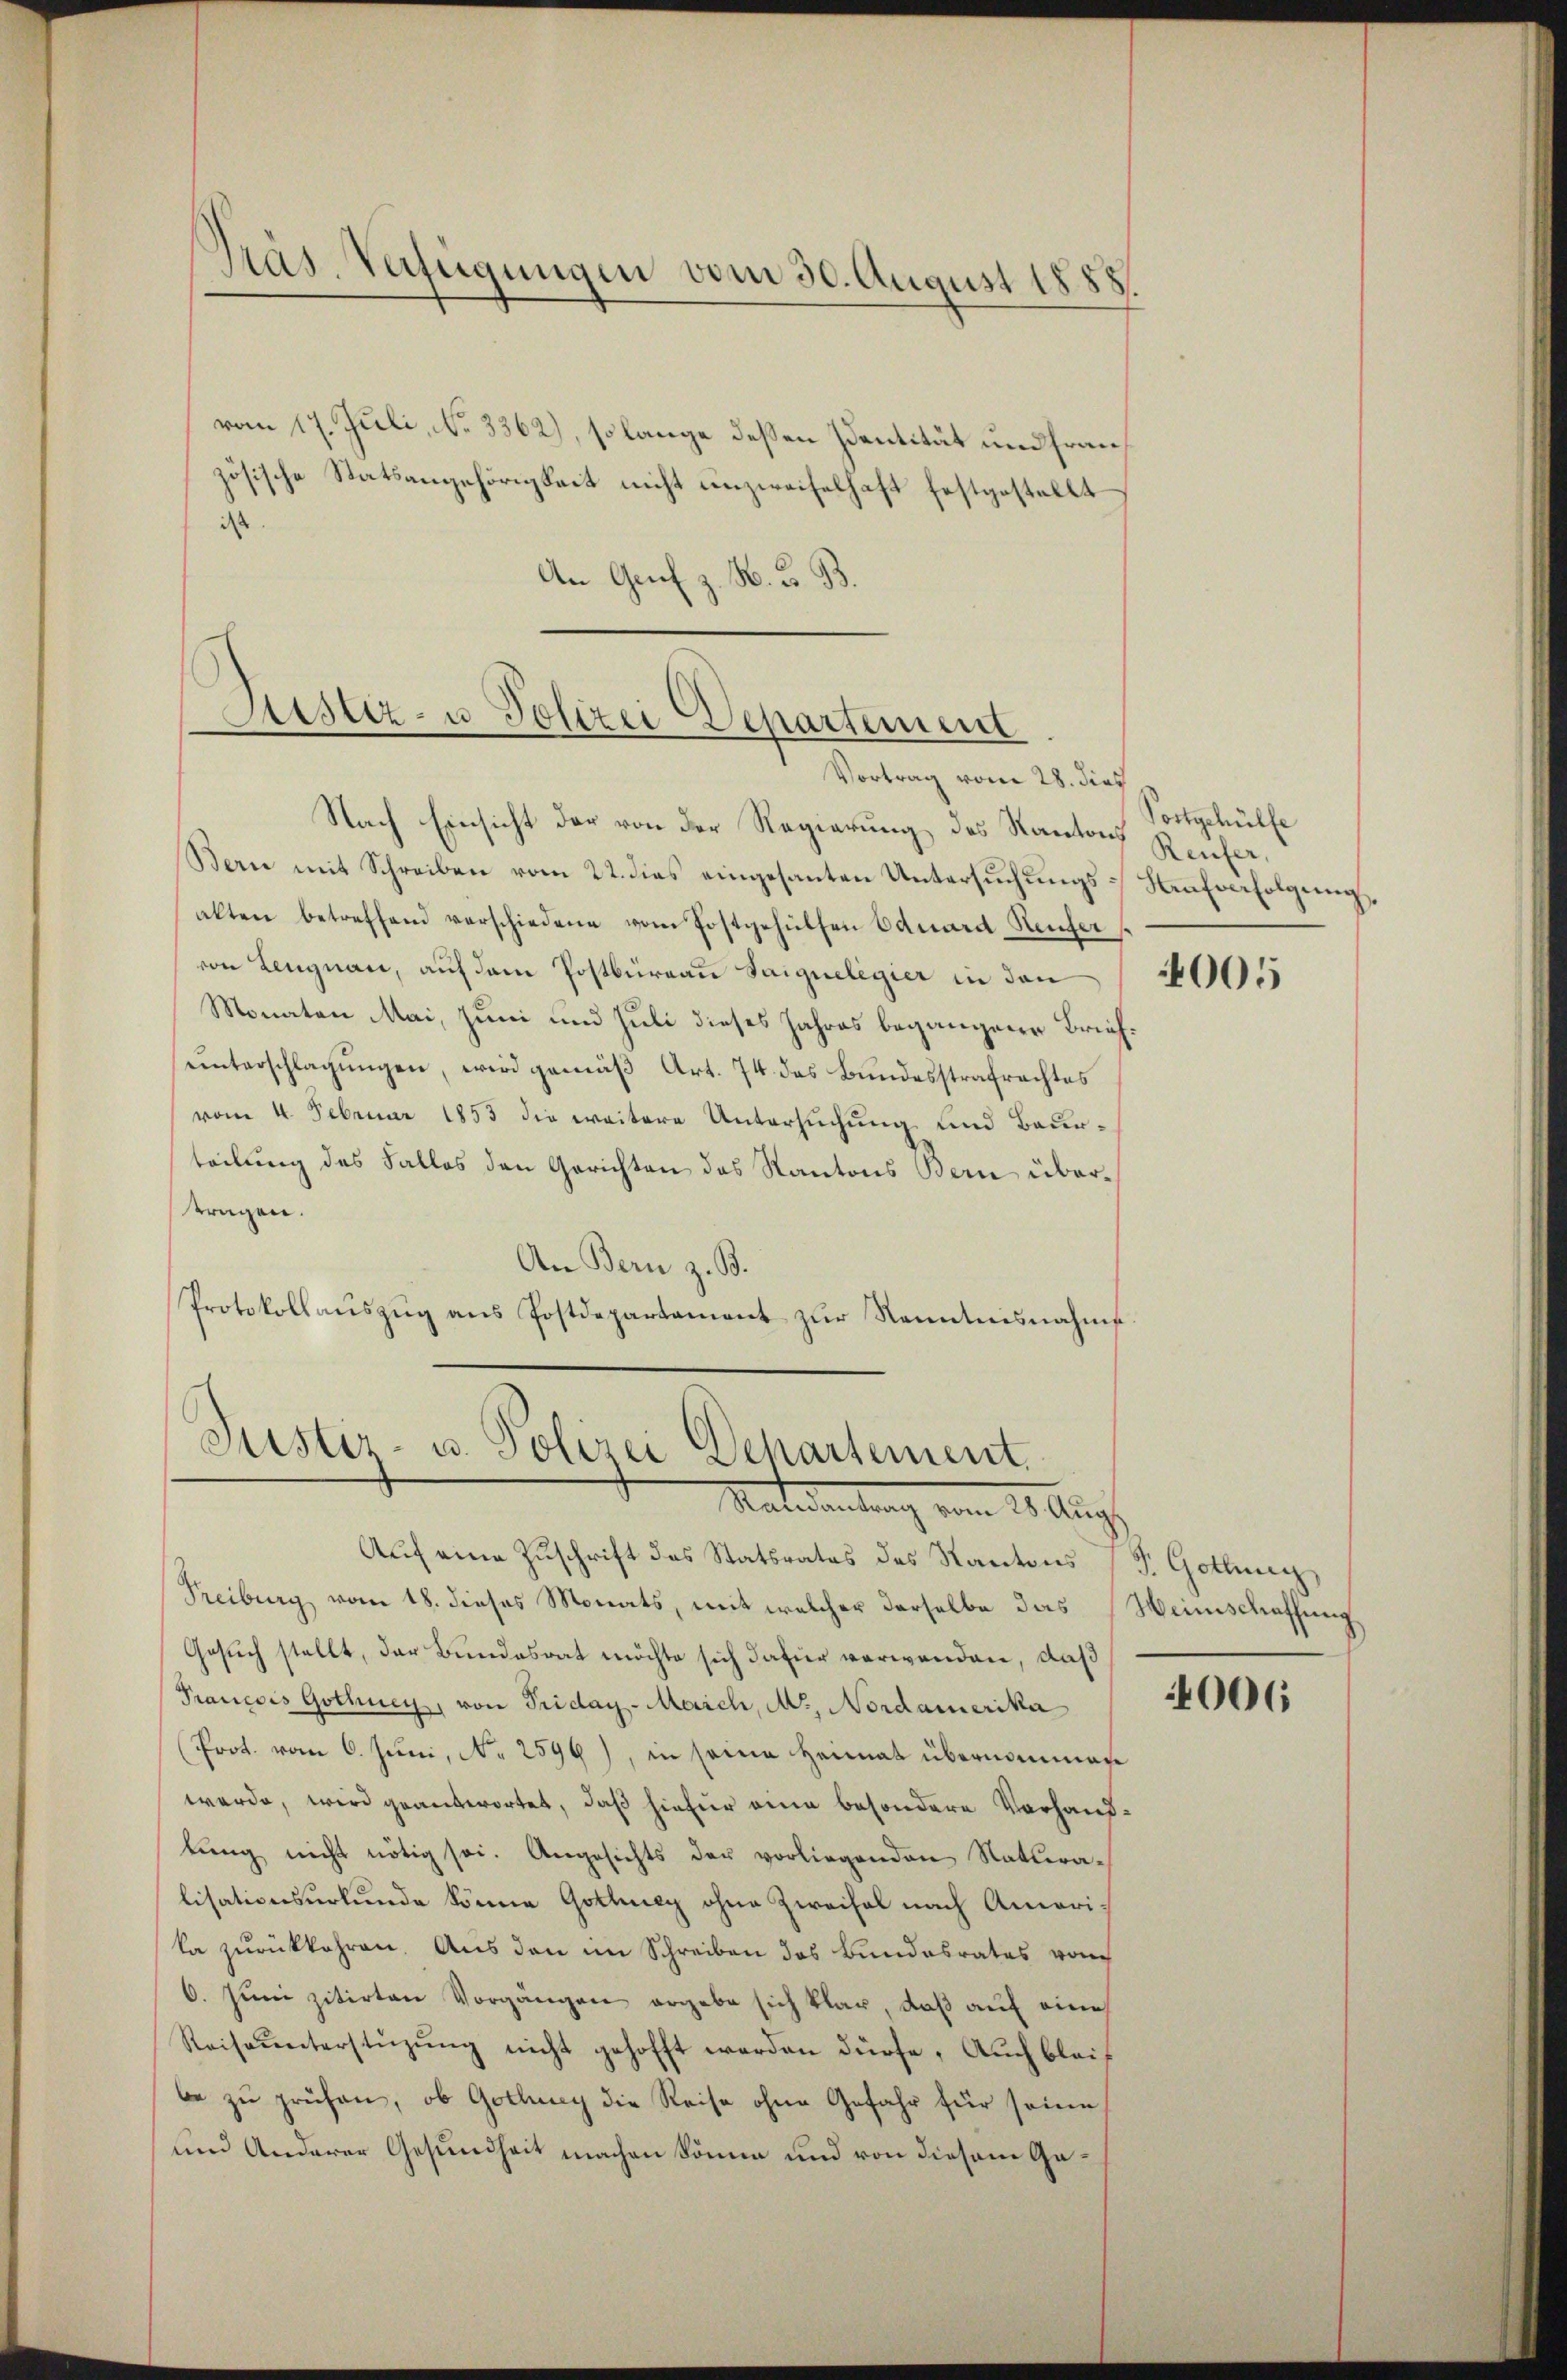
Präs. Verfügungen vom 30. August 1888.

vom 17. Juli, No 3362), so lange deßen Identität und französische Statsangehörigkeit nicht unzweifelhaft festgestellt
is
An Genf z. B. G. B.

Sistiz- u Polizei Departement
Vortrag vom 28. dies

Justiz- u. Polizei Dehartement.
Materamtung vom 20 Aug.

Nach Einsicht der von der Regierung des Kantons Reufer,
Bern mit Schreiben vom 22. dies eingesanten Untersuchungs- Kaufverfolgung,
alten betreffend verschiedene vom Postgehülfen Eduard Heufer
von Lengnau, auf dem Postbüreau Saiguelegier in den
Monaten Mai, Juni und Juli dieses Jahres begangene Briefŭnterschlagungen, wird gemäß Art. 74 das Bundesstrafrachtes
vom 4. Februar 1853 die weitere Untersuchung und Beurteilung des Falles den Gerichten des Kantons Bern übertragen.
An Bern z. B.
Protokollaŭszŭg ans Postdepartament zŭr Kenntnisnahms

Auf eine Zuschrift des Statsrates des Kantons (T. Gotting
Freiburg vom 18. dieses Monats, mit welcher derselbe das Weinschaffung
Gesuch stellt, der Bundesrat möchte sich dafür verwenden, daß
Francois Gothner, von Triday-Marich, Mr. Nordamerika
Prot. vom 6. Juni, No 2599), in seine Heimat übernommen
werde, wird geantwortet, daß hiefür eine besondere Vorhandtŭng nicht nötig sei. Angesichts der vorliegenden Naturalisationsurkunde könne Gottey ohne Zweifel nach Amerika zurückkehren. Aus den im Schreiben das Bundesrates vom
6. Juni zitirten Vorgängen ergebe sich klar, daß auf eine
Reiseunterstüzung nicht gehofft werden dürfe, Auch bleif
be zu prüfen, ob Gottung die Reise ohne Gefahr für seine
und Anderer Gesundheit machen könne und von diesem Ga¬

Postgehülfe

4005

006